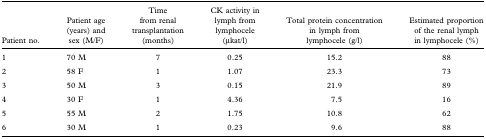
<table><thead><tr><td><b>Patient no.</b></td><td><b>Patient age (years) and sex (M/F)</b></td><td><b>Time from renal transplantation (months)</b></td><td><b>CK activity in lymph from lymphocele (μkat/l)</b></td><td><b>Total protein concentration in lymph from lymphocele (g/l)</b></td><td><b>Estimated proportion of the renal lymph in lymphocele (%)</b></td></tr></thead><tbody><tr><td>1</td><td>70 M</td><td>7</td><td>0.25</td><td>15.2</td><td>88</td></tr><tr><td>2</td><td>58 F</td><td>1</td><td>1.07</td><td>23.3</td><td>73</td></tr><tr><td>3</td><td>50 M</td><td>3</td><td>0.15</td><td>21.9</td><td>89</td></tr><tr><td>4</td><td>30 F</td><td>1</td><td>4.36</td><td>7.5</td><td>16</td></tr><tr><td>5</td><td>55 M</td><td>2</td><td>1.75</td><td>10.8</td><td>62</td></tr><tr><td>6</td><td>30 M</td><td>1</td><td>0.23</td><td>9.6</td><td>88</td></tr></tbody></table>